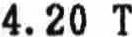
4.20 T